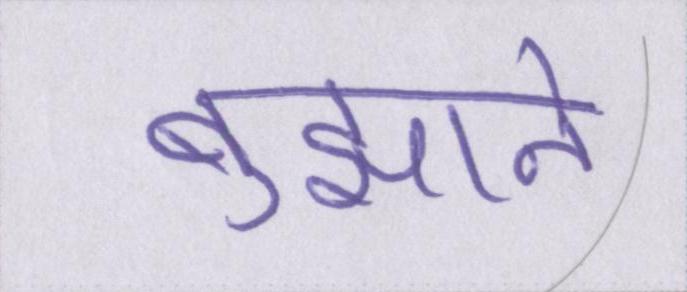
बुझाने